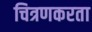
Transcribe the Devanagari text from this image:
चित्रणकरता